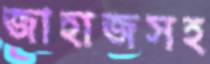
জাহাজসহ